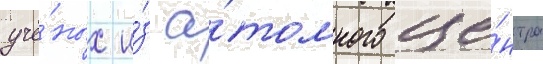
учё́ных и́з а́томного це́нтра